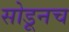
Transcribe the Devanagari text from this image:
सोडूनच